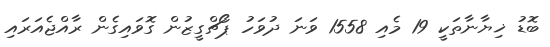
ބޮޑު ޚިޔާނާތަކީ 19 މެއި 1558 ވަނަ ދުވަހު ޕޯޗްގީޒުން ގޮވައިގެން ރާއްޖެއަރައި